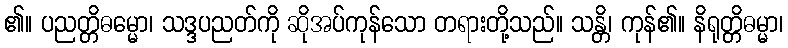
၏။ ပညတ္တိဓမ္မော၊ သဒ္ဒပညတ်ကို ဆိုအပ်ကုန်သော တရားတို့သည်။ သန္တိ၊ ကုန်၏။ နိရုတ္တိဓမ္မာ၊